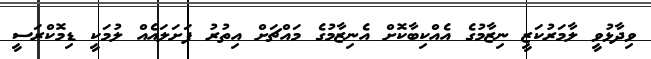
ވިދާޅުވީ ލާމަރުކަޒީ ނިޒާމުގެ އެއްކިބާކޮށް އެނިޒާމުގެ މައްޗަށް އިތުރު ފަށަލައެއް ލުމަކީ ޑިމޮކްރަސީ